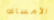
الأمساك